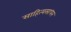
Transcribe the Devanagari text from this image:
साहित्यसाधन